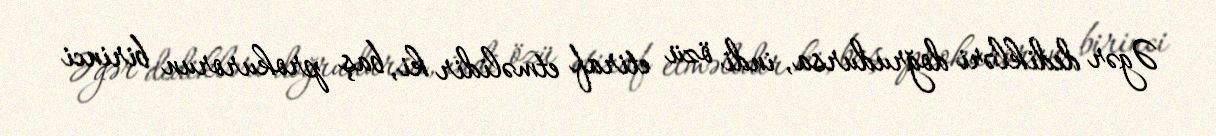
Əgər dedikləri doğrudursa, indi özü etiraf etməlidir ki, baş prokurorun birinci